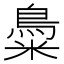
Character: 𪀳